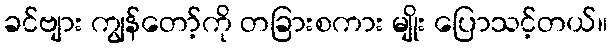
ခင်ဗျား ကျွန်တော့်ကို တခြားစကား မျိုး ပြောသင့်တယ်။